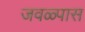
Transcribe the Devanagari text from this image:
जवळ्पास